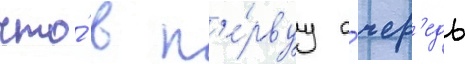
что́ в п'е́рвуу о́чер'едь